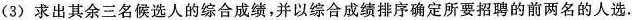
(3)求出其余三名候选人的综合成绩，并以综合成绩排序确定所要招聘的前两名的人选.